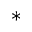
^ *